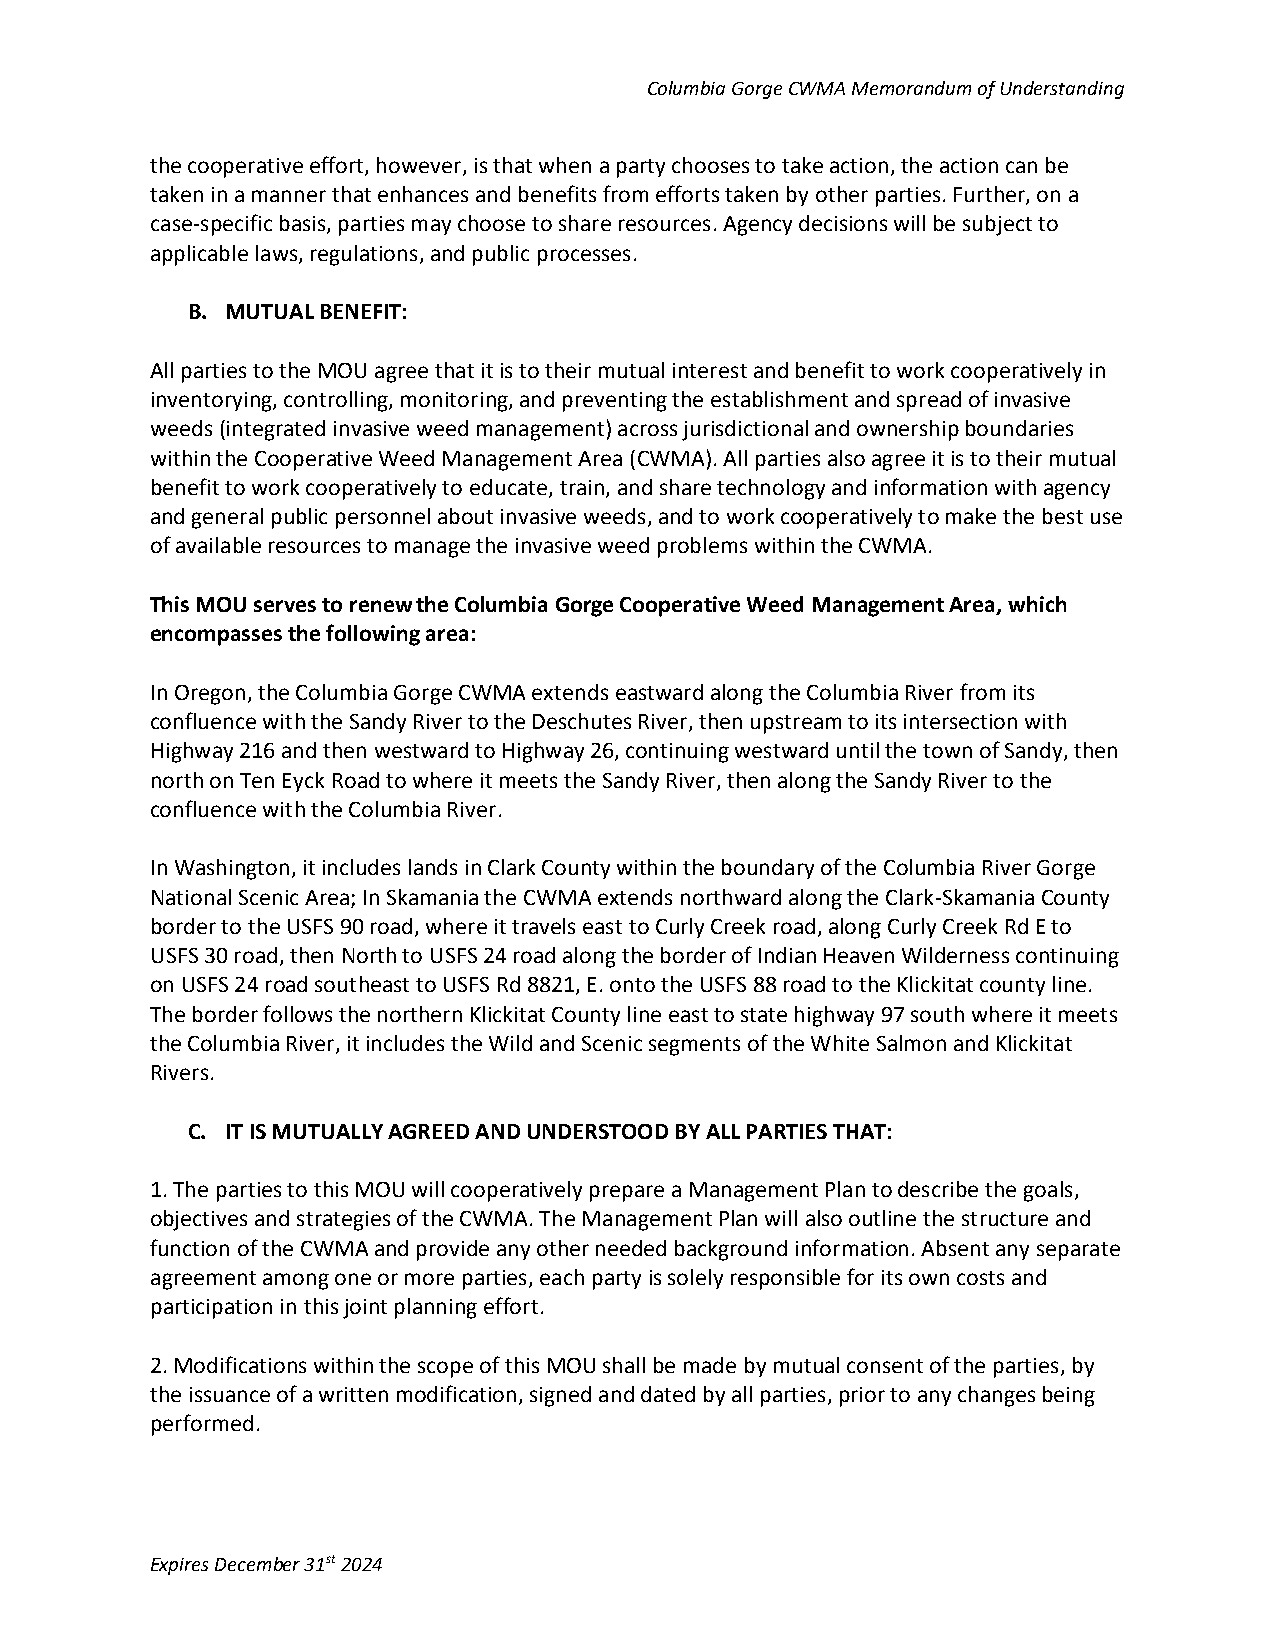
Columbia Gorge CWMA Memorandum of Understanding
 the cooperative effort, however, is that when a party chooses to take action, the action can be
 taken in a manner that enhances and benefits from efforts taken by other parties. Further, on a
 case-specific basis, parties may choose to share resources. Agency decisions will be subject to
 applicable laws, regulations, and public processes.
 B. MUTUAL BENEFIT:
 All parties to the MOU agree that it is to their mutual interest and benefit to work cooperatively in
 inventorying, controlling, monitoring, and preventing the establishment and spread of invasive
 weeds (integrated invasive weed management) across jurisdictional and ownership boundaries
 within the Cooperative Weed Management Area (CWMA). All parties also agree it is to their mutual
 benefit to work cooperatively to educate, train, and share technology and information with agency
 and general public personnel about invasive weeds, and to work cooperatively to make the best use
 of available resources to manage the invasive weed problems within the CWMA.
 This MOU serves to renew the Columbia Gorge Cooperative Weed Management Area, which
 encompasses the following area:
 In Oregon, the Columbia Gorge CWMA extends eastward along the Columbia River from its
 confluence with the Sandy River to the Deschutes River, then upstream to its intersection with
 Highway 216 and then westward to Highway 26, continuing westward until the town of Sandy, then
 north on Ten Eyck Road to where it meets the Sandy River, then along the Sandy River to the
 confluence with the Columbia River.
 In Washington, it includes lands in Clark County within the boundary of the Columbia River Gorge
 National Scenic Area; In Skamania the CWMA extends northward along the Clark-Skamania County
 border to the USFS 90 road, where it travels east to Curly Creek road, along Curly Creek Rd E to
 USFS 30 road, then North to USFS 24 road along the border of Indian Heaven Wilderness continuing
 on USFS 24 road southeast to USFS Rd 8821, E. onto the USFS 88 road to the Klickitat county line.
 The border follows the northern Klickitat County line east to state highway 97 south where it meets
 the Columbia River, it includes the Wild and Scenic segments of the White Salmon and Klickitat
 Rivers.
 C. IT IS MUTUALLY AGREED AND UNDERSTOOD BY ALL PARTIES THAT:
 1. The parties to this MOU will cooperatively prepare a Management Plan to describe the goals,
 objectives and strategies of the CWMA. The Management Plan will also outline the structure and
 function of the CWMA and provide any other needed background information. Absent any separate
 agreement among one or more parties, each party is solely responsible for its own costs and
 participation in this joint planning effort.
 2. Modifications within the scope of this MOU shall be made by mutual consent of the parties, by
 the issuance of a written modification, signed and dated by all parties, prior to any changes being
 performed.
 Expires December 31st 2024